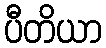
ပီတိယာ